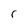
Character: r